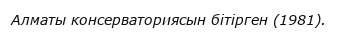
Алматы консерваториясын бітірген (1981).